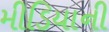
મીડિયાની